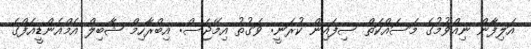
އަލިފާން ނިއްވުމުގެ މަސައްކަތް ސިފައިން ކުރަނީ: ވަގުތު އިމޭޖަސް: އިބްރާހިމް ޝާބިލް އެމްއެންޑީއެފްގެ